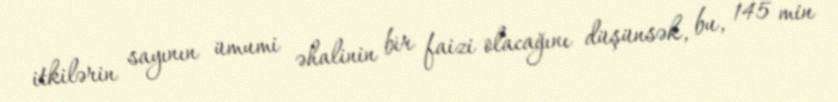
itkilərin sayının ümumi əhalinin bir faizi olacağını düşünsək, bu, 145 min